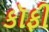
કૉફી